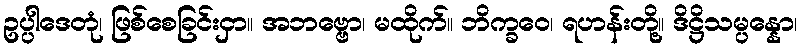
ဥပ္ပါဒေတုံ၊ ဖြစ်စေခြင်းငှာ။ အဘဗ္ဗော၊ မထိုက်။ ဘိက္ခဝေ၊ ရဟန်းတို့။ ဒိဋ္ဌိသမ္ပန္နော၊